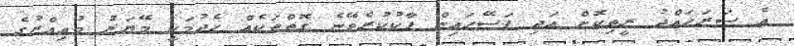
އެ ސަރަހައްދު ރީތިކޮށް އަދި ފަސޭހައިން ޕާކުކުރެވޭނެ ގޮތްތަކެއް ހެދުމަކީ މޭޔަރު މުއިއްޒުގެ